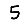
Digit: 5